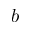
b